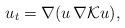
LaTeX: \begin{align*}u_t=\nabla (u\, \nabla {\mathcal K} u),\end{align*}